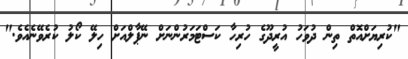
"ކުރިޔަށްއޮތް ތިން ދުވަހު އުރީދޫގެ ހުރިހާ ކަސްޓަމަރުންނަށް ނޭޕާލްއަށް ހިލޭ ކޯލު ކުރެވޭނެއެވެ."